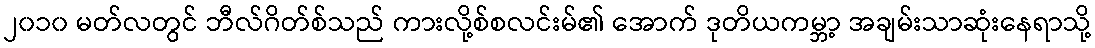
၂၀၁၀ မတ်လတွင် ဘီလ်ဂိတ်စ်သည် ကားလို့စ်စလင်းမ်၏ အောက် ဒုတိယကမ္ဘာ့ အချမ်းသာဆုံးနေရာသို့